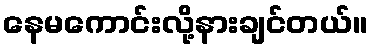
နေမကောင်းလို့နားချင်တယ်။